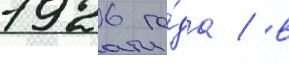
1926 го́да / в